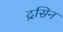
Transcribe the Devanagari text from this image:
द्रसिन